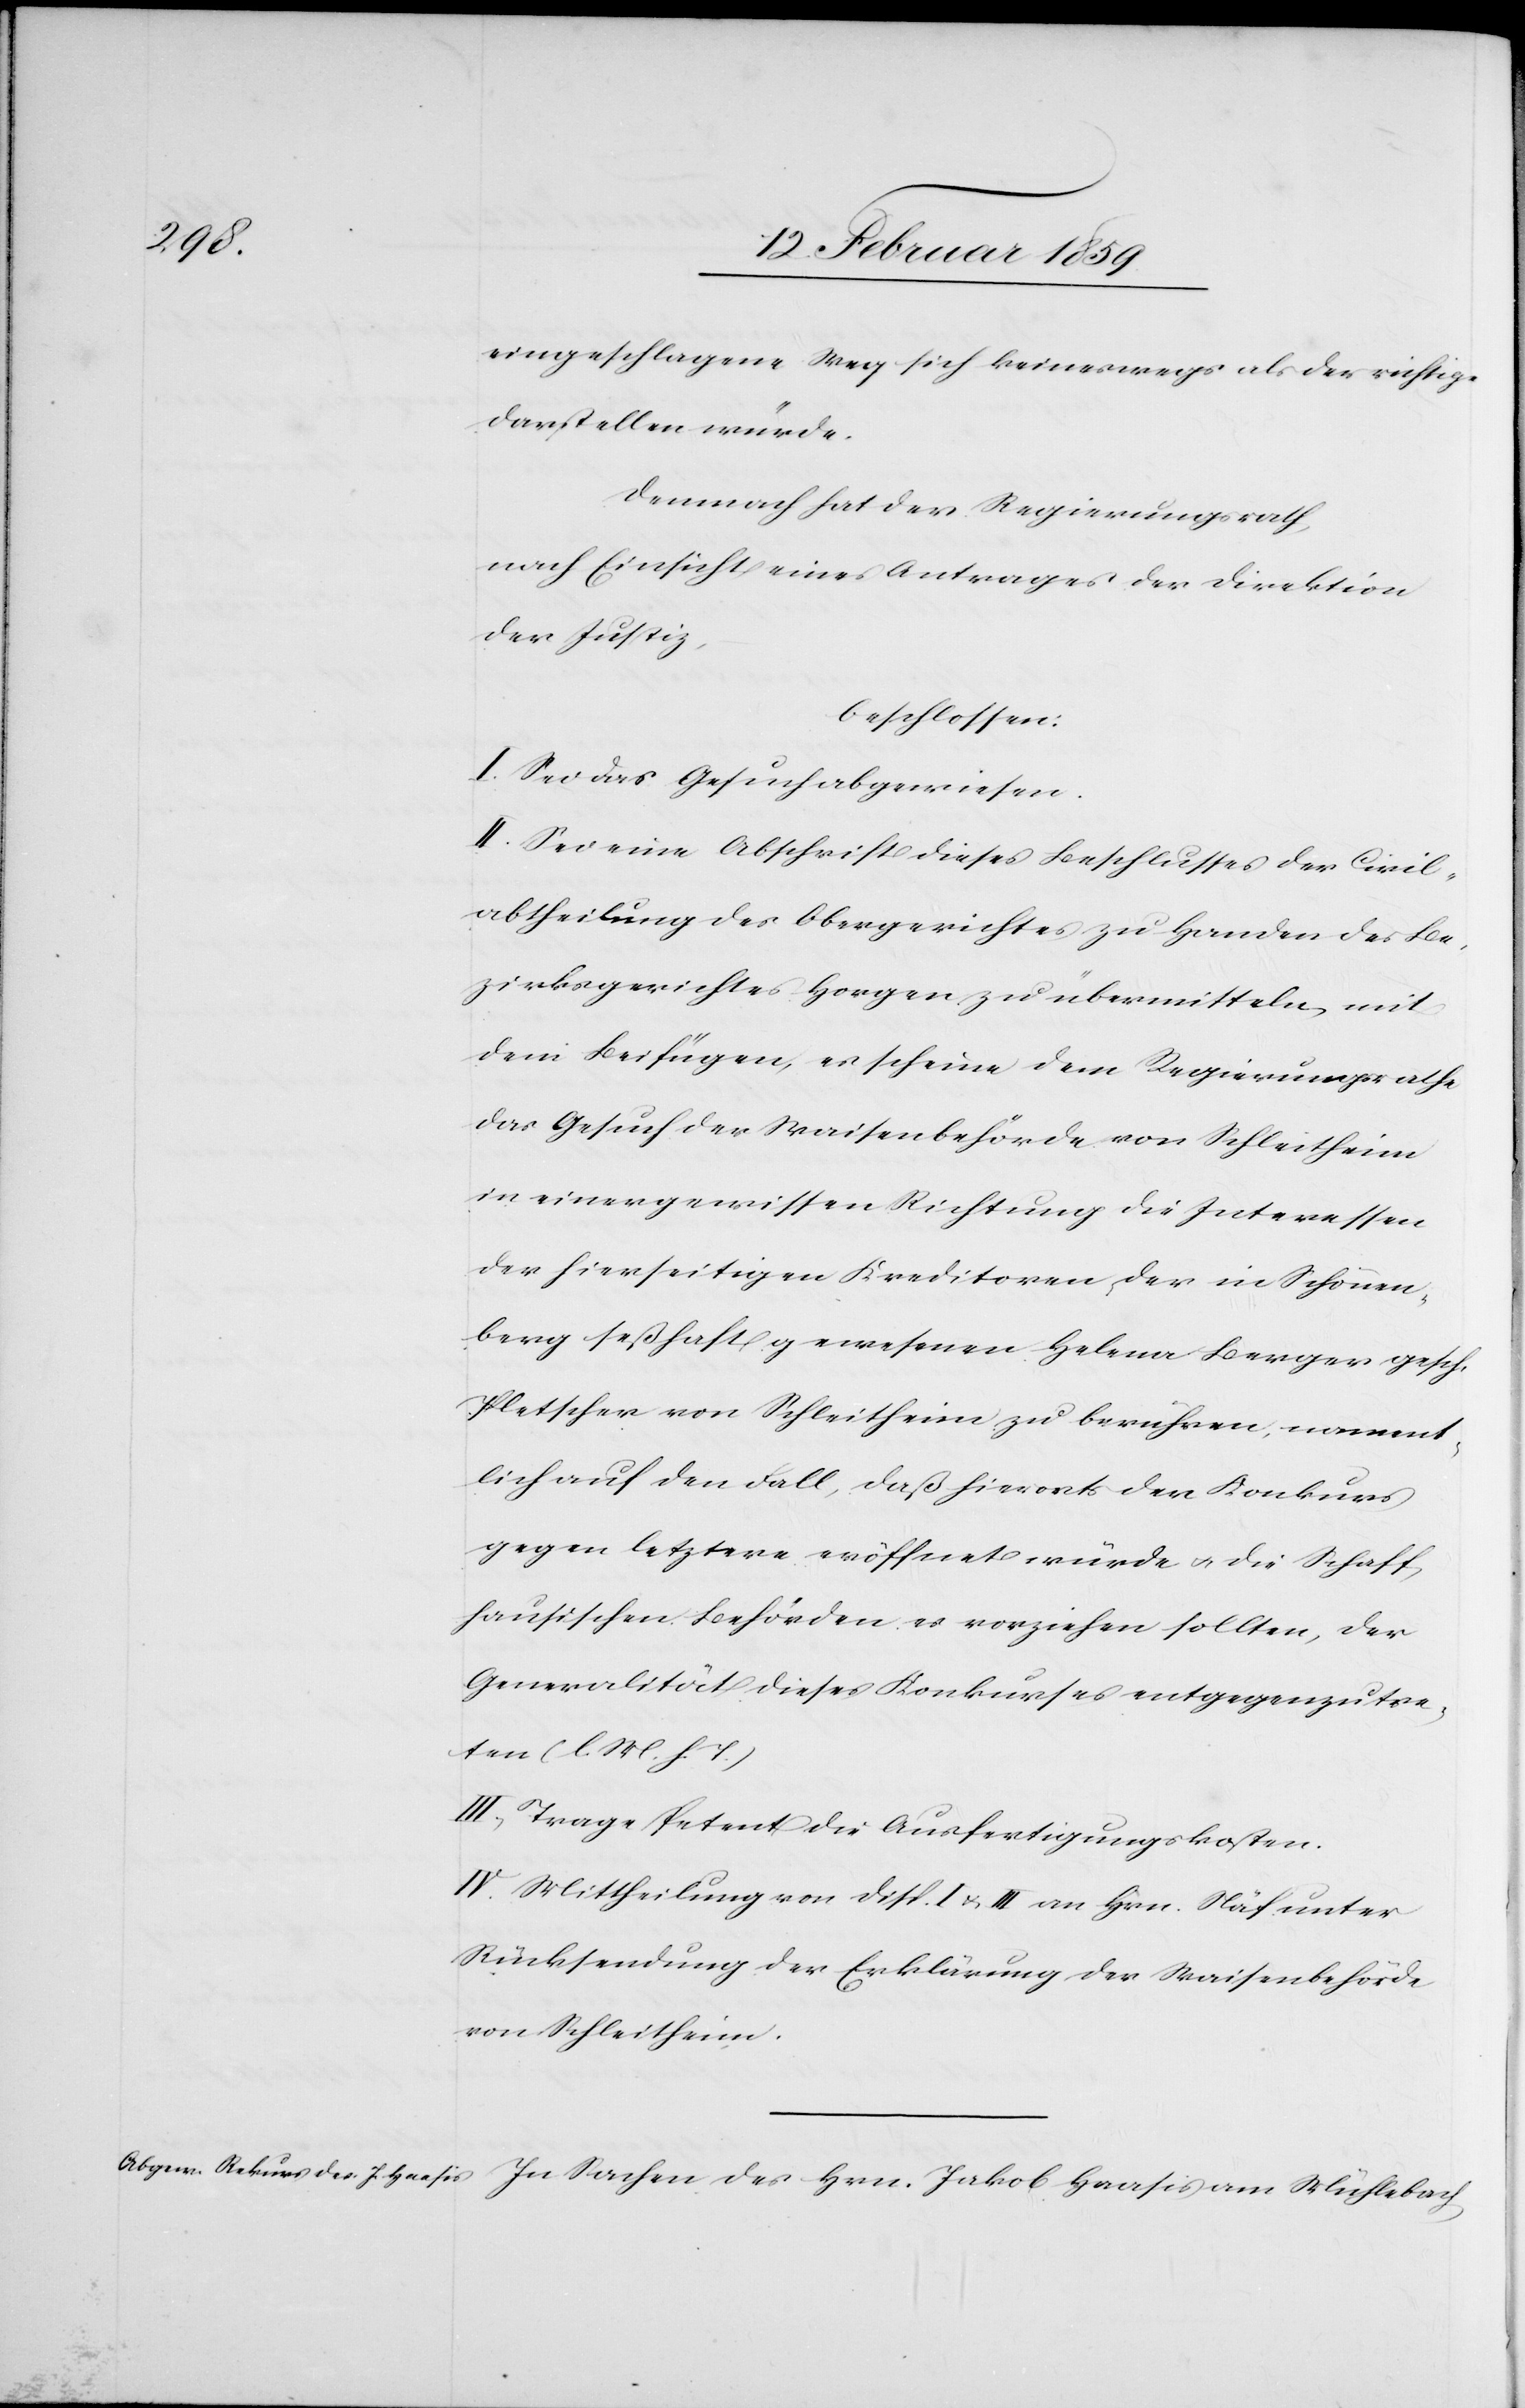
eingeschlagene Weg sich keineswegs als der richtige
darstellen würde.
Demnach hat der Regierungsrath,
nach Einsicht eines Antrages der Direktion
der Justiz,
beschlossen:
I. Sei das Gesuch abgewiesen.
II. Sei eine Abschrift dieses Beschlusses der Civil¬
abtheilung des Obergerichtes zu Handen des Be¬
zirksgerichtes Horgen zu übermitteln, mit
dem Beifügen, es scheine dem Regierungsrathe
das Gesuch der Waisenbehörde von Schleitheim
in einer gewissen Richtung die Interessen
der hierseitigen Kreditoren, der in Schönen¬
berg seßhaft gewesenen Helena Berger gesch.
Pletscher von Schleitheim zu berühren, nament¬
lich auf den Fall, daß hierorts der Konkurs
gegen letztere eröffnet würde u. die Schaff¬
hausischen Behörden es vorziehen sollten, der
Generalität dieses Konkurses entgegenzutre¬
ten (l. M. h. T.)
III. Trage Petent die Ausfertigungskosten.
IV. Mittheilung von Disp. I u. III an Hrn. Näf unter
Rücksendung der Erklärung der Waisenbehörde
von Schleitheim.
In Sachen des Hrn. Jakob Haasis am Mühlebach